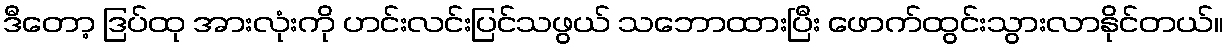
ဒီတော့ ဒြပ်ထု အားလုံးကို ဟင်းလင်းပြင်သဖွယ် သဘောထားပြီး ဖောက်ထွင်းသွားလာနိုင်တယ်။